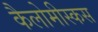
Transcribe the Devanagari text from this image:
कैलोमीस्कस